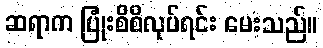
ဆရာက ပြုံးစိစိလုပ်ရင်း မေးသည်။